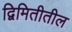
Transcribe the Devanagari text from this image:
द्विमितीतील